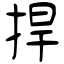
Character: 捍